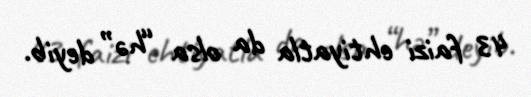
43 faizi ehtiyatla da olsa “hə” deyib.